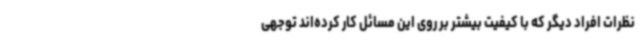
نظرات افراد دیگر که با کیفیت بیشتر بر روی این مسائل کار کرده‌اند توجهی